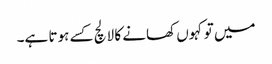
میں تو کہوں کھانے کا لالچ کسے ہوتا ہے۔